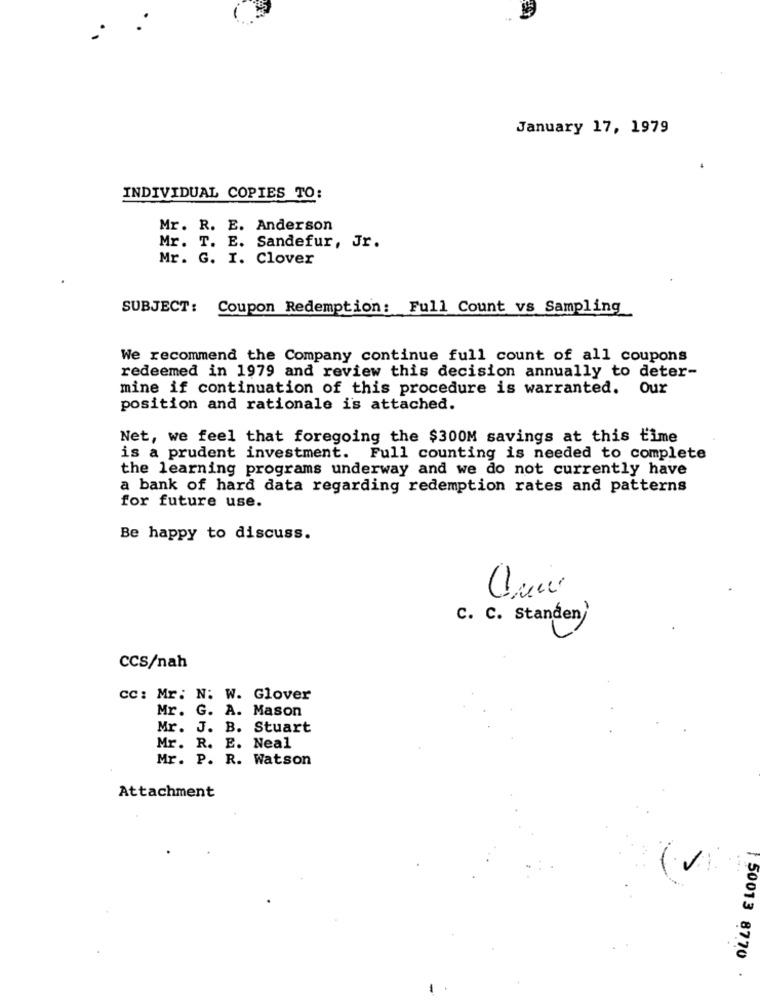
January 17, 1979
INDIVIDUAL COPIES TO:
Mr. R. E. Anderson
Mr. T. E. Sandefur, Jr.
Mr. G. I. Clover
SUBJECT: Coupon Redemption: Full Count vs Sampling
We recommend the Company continue full count of all coupons
redeemed in 1979 and review this decision annually to deter-
mine if continuation of this procedure is warranted. Our
position and rationale is attached.
Net, we feel that foregoing the $300M savings at this time
is a prudent investment. Full counting is needed to complete
the learning programs underway and we do not currently have
a bank of hard data regarding redemption rates and patterns
for future use.
Be happy to discuss.
C. C. Standen/
CCS/nah
cc: Mr. N: W. Glover
Mr. G. A. Mason
Mr. J. B. Stuart
Mr. R. E. Neal
Mr. P. R. Watson
Attachment
50013 8770